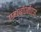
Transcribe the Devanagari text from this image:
एम०बी०बी०एस